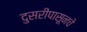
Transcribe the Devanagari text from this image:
दुसरीपासूनचे